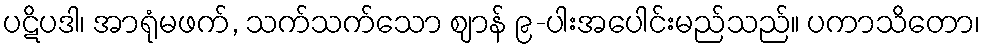
ပဋိပဒါ၊ အာရုံမဖက်, သက်သက်သော ဈာန် ၉-ပါးအပေါင်းမည်သည်။ ပကာသိတော၊